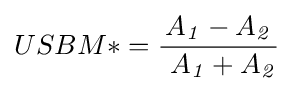
USBM*={\frac {A_{\mathit {1}}-A_{\mathit {2}}}{\ A_{\mathit {1}}+A_{\mathit {2}}}}